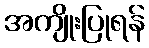
အကျိုးပြုရန်